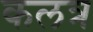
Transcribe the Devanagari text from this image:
कलत्र